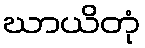
ဃာယိတုံ